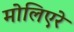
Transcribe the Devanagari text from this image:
मोलिएरे